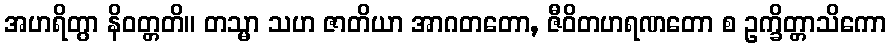
အဟရိတွာ နိဝတ္တတိ။ တသ္မာ သဟ ဇာတိယာ အာဂတတော, ဇီဝိတဟရဏတော စ ဥက္ခိတ္တာသိကော